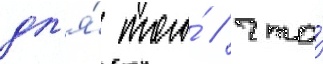
дл'я́ того́ / что́